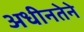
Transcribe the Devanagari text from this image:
अधीनतेने